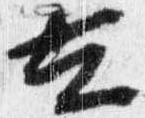
在